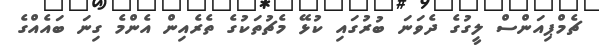
ޗެމްޕިއަންސް ލީގުގެ ދެވަނަ ބުރުގައި ކުޅޭ މެޗުތަކުގެ ތެރެއިން އެންމެ ގިނަ ބައެއްގެ